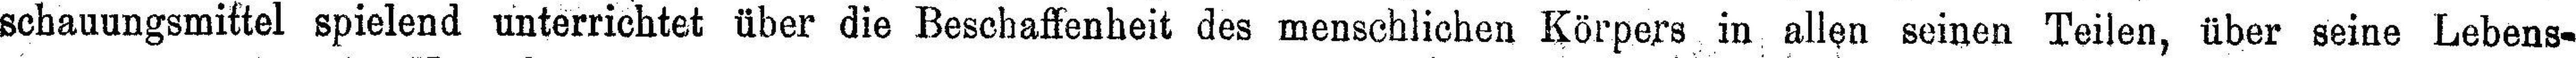
schauungsmittel spielend unterrichtet über die Beschaffenheit des menschlichen Körpers in allen seinen Teilen, über seine Lebens¬